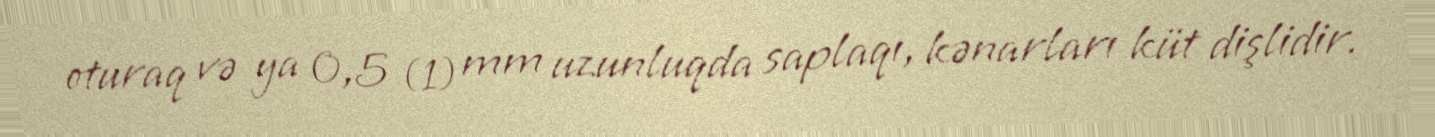
oturaq və ya 0,5 (1) mm uzunluqda saplaqı, kənarları küt dişlidir.